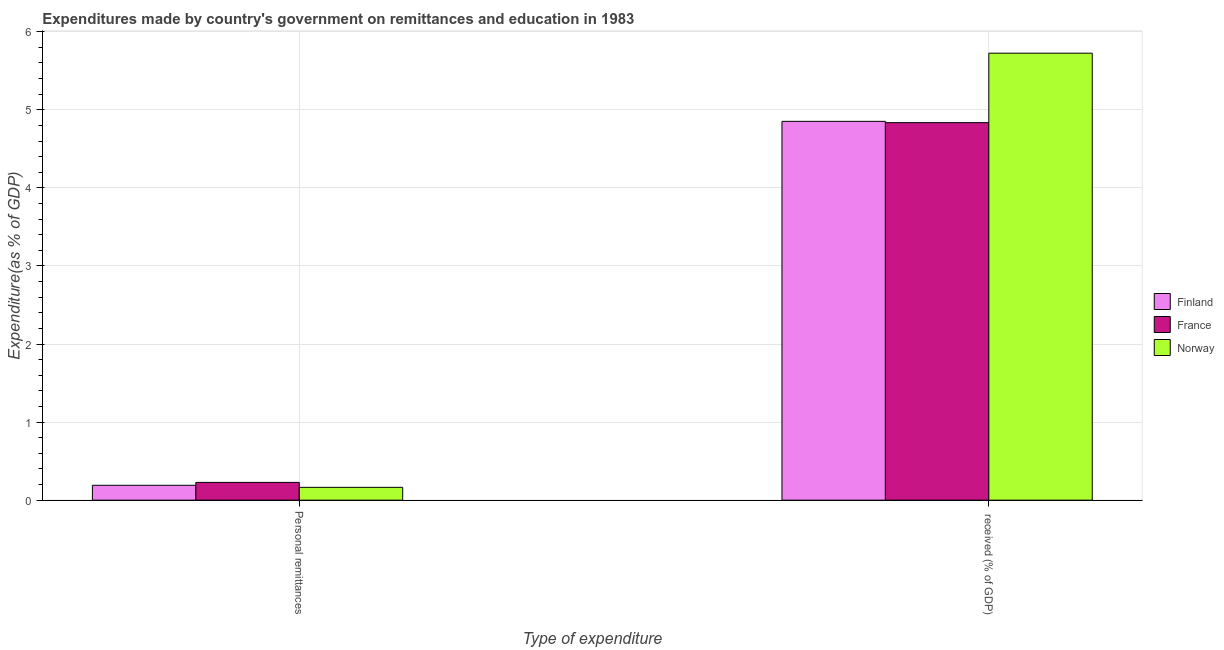
| Type of expenditure | Finland | France | Norway |
 | --- | --- | --- | --- |
 | Personal remittances | 0.19 | 0.228 | 0.164 |
 |  received (% of GDP) | 4.85 | 4.84 | 5.73 |